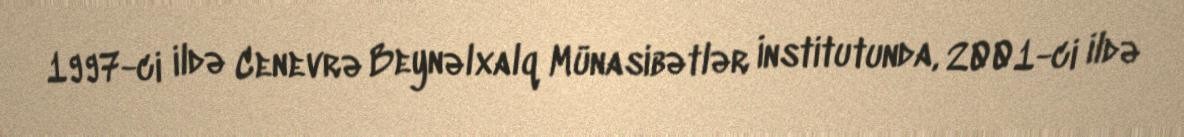
1997-ci ildə Cenevrə Beynəlxalq Münasibətlər İnstitutunda, 2001-ci ildə